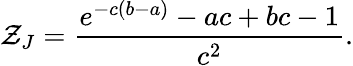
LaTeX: \mathcal{Z}_{J}=\frac{e^{-c\left(b-a\right)}-ac+bc-1}{c^{2}}.